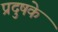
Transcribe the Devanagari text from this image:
प्रदुषके